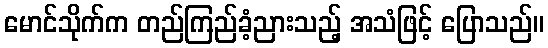
မောင်သိုက်က တည်ကြည်ခံ့ညားသည့် အသံဖြင့် ပြောသည်။